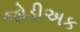
જોડીઅક